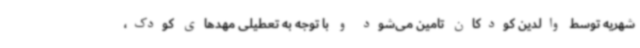
شهریه توسط والدین کودکان تامین می‌شود و با توجه به تعطیلی مهدهای کودک،